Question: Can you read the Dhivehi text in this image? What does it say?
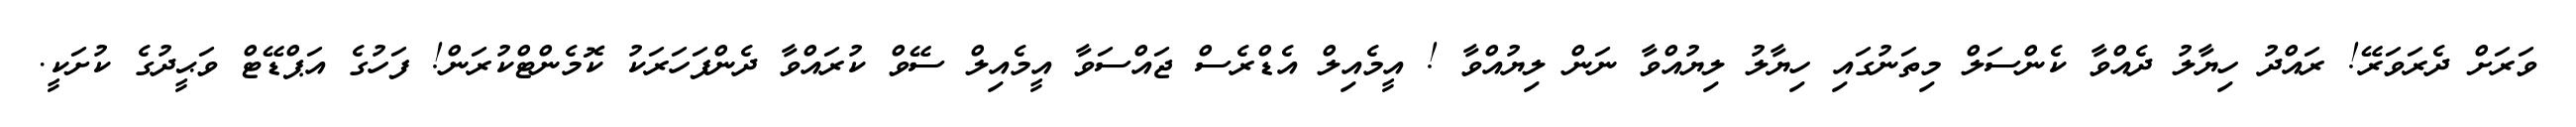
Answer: ވަރަށް ދެރަވަރޭ! ރައްދު ހިޔާލު ދެއްވާ ކެންސަލް މިތަނުގައި ހިޔާލު ލިޔުއްވާ ނަން ލިޔުއްވާ ! އީމެއިލް އެޑްރެސް ޖައްސަވާ އީމެއިލް ސޭވް ކުރައްވާ ދެންފަހަރަކު ކޮމެންޓްކުރަން! ފަހުގެ އަޕްޑޭޓް ވަޙީދުގެ ކުށަކީ.